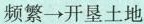
频繁→开垦土地